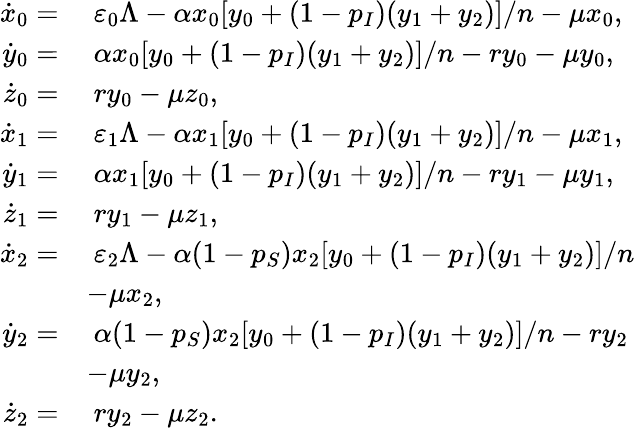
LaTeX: \begin{array}{rl}{\dot{x}_{0}=}&{~\varepsilon_{0}\Lambda-\alpha x_{0}[y_{0}+(1-p_{I})(y_{1}+y_{2})]/n-\mu x_{0},}\\ {\dot{y}_{0}=}&{~\alpha x_{0}[y_{0}+(1-p_{I})(y_{1}+y_{2})]/n-ry_{0}-\mu y_{0},}\\ {\dot{z}_{0}=}&{~ry_{0}-\mu z_{0},}\\ {\dot{x}_{1}=}&{~\varepsilon_{1}\Lambda-\alpha x_{1}[y_{0}+(1-p_{I})(y_{1}+y_{2})]/n-\mu x_{1},}\\ {\dot{y}_{1}=}&{~\alpha x_{1}[y_{0}+(1-p_{I})(y_{1}+y_{2})]/n-ry_{1}-\mu y_{1},}\\ {\dot{z}_{1}=}&{~ry_{1}-\mu z_{1},}\\ {\dot{x}_{2}=}&{~\varepsilon_{2}\Lambda-\alpha(1-p_{S})x_{2}[y_{0}+(1-p_{I})(y_{1}+y_{2})]/n}\\ &{-\mu x_{2},}\\ {\dot{y}_{2}=}&{~\alpha(1-p_{S})x_{2}[y_{0}+(1-p_{I})(y_{1}+y_{2})]/n-ry_{2}}\\ &{-\mu y_{2},}\\ {\dot{z}_{2}=}&{~ry_{2}-\mu z_{2}.}\end{array}